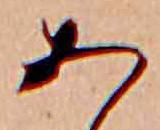
あ